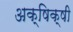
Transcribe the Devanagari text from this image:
अक्षिक्षी